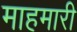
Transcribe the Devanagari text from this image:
माहमारी